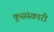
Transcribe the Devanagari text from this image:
कुसंस्कारी